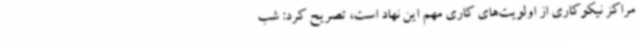
مراکز نیکوکاری از اولویت‌های کاری مهم این نهاد است، تصریح کرد: شب